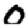
Digit: 0